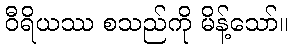
ဝီရိယဿ စသည်ကို မိန့်သော်။